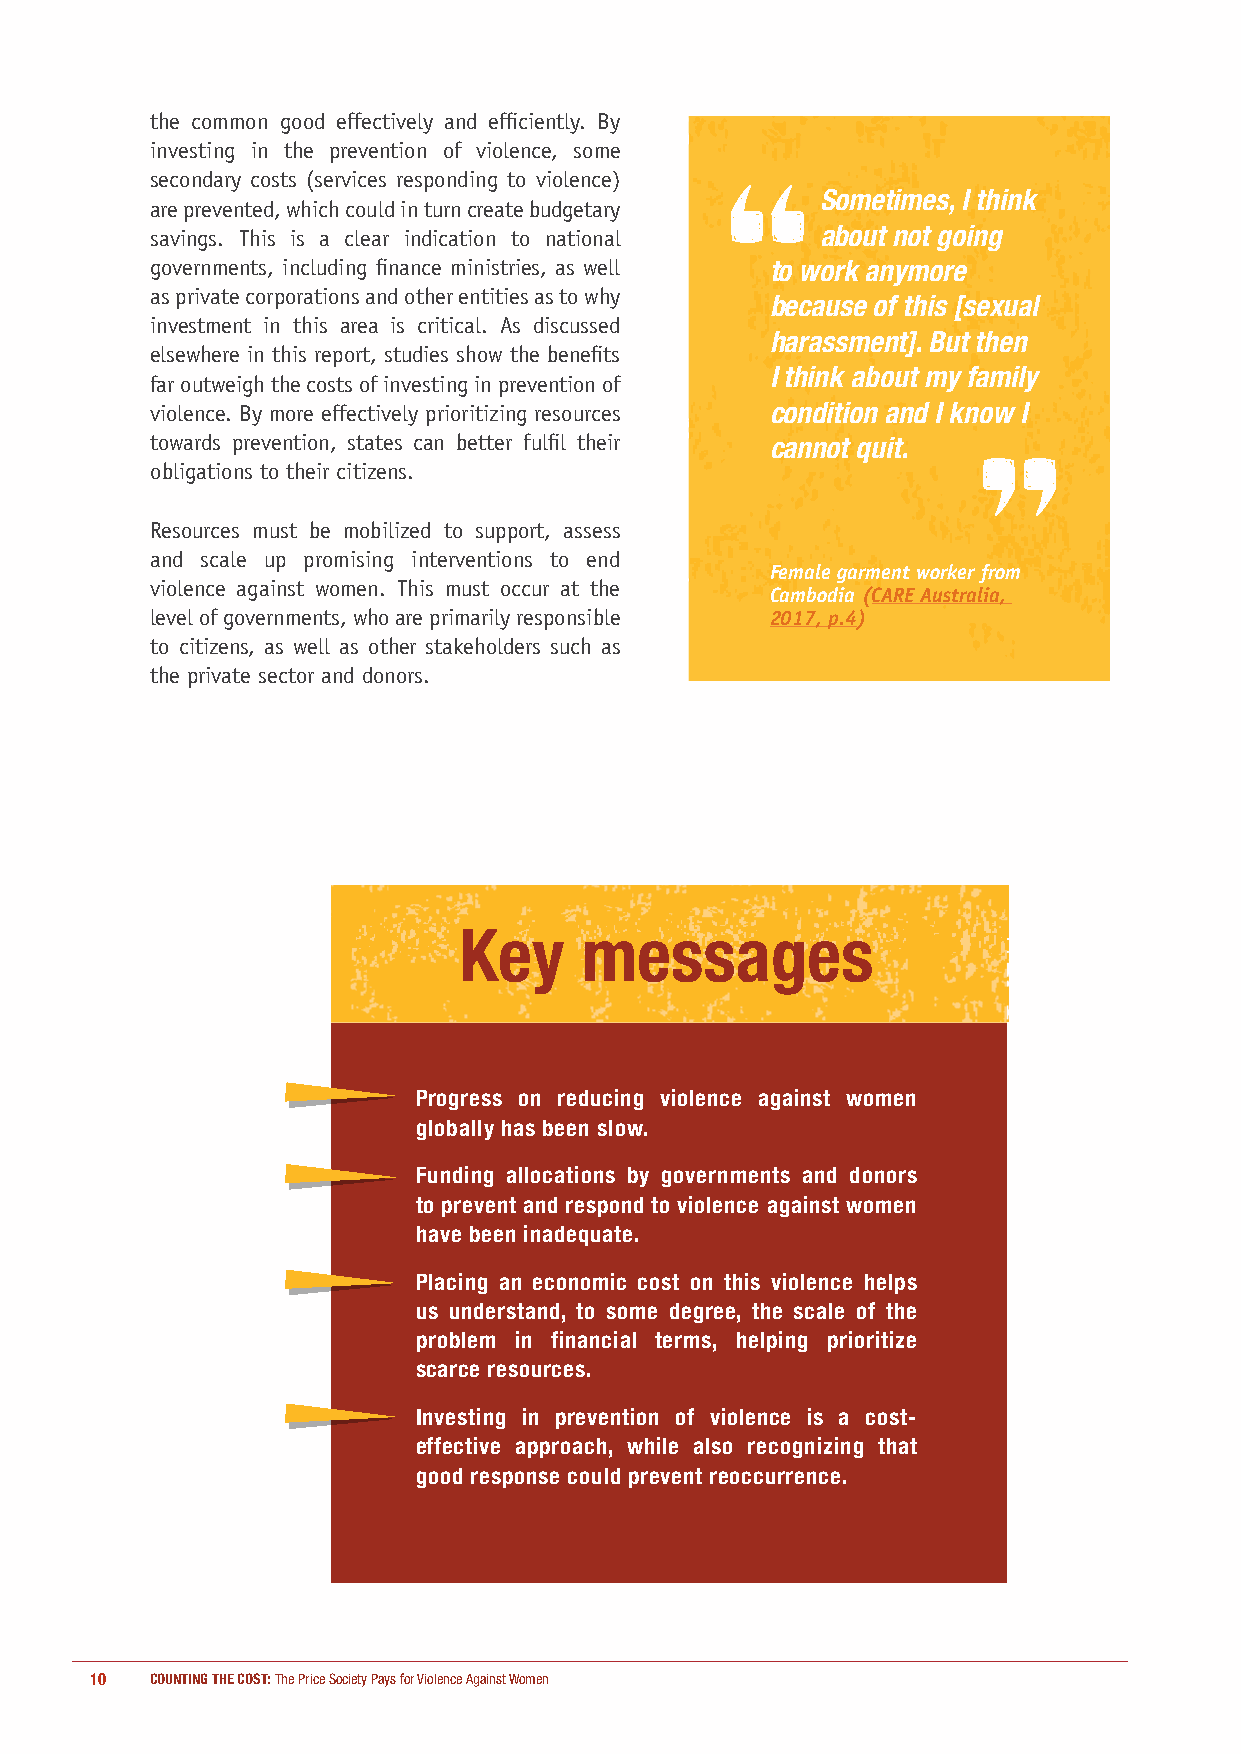
the common good effectively and efficiently. By
 investing in the prevention of violence, some
 secondary costs (services responding to violence)
 Sometimes, I think
 are prevented, which could in turn create budgetary
 savings. This is a clear indication to national about not going
 governments, including finance ministries, as well to work anymore
 as private corporations and other entities as to why
 because of this [sexual
 investment in this area is critical. As discussed
 harassment]. But then
 elsewhere in this report, studies show the benefits
 I think about my family
 far outweigh the costs of investing in prevention of
 violence. By more effectively prioritizing resources condition and I know I
 towards prevention, states can better fulfil their cannot quit.
 obligations to their citizens.
 Resources must be mobilized to support, assess
 and scale up promising interventions to end
 Female garment worker from
 violence against women. This must occur at the
 Cambodia (CARE Australia,
 level of governments, who are primarily responsible 2017, p.4)
 to citizens, as well as other stakeholders such as
 the private sector and donors.
 Key     messages
 Progress on reducing violence against women
 globally has been slow.
 Funding allocations by governments and donors
 to prevent and respond to violence against women
 have been inadequate.
 Placing an economic cost on this violence helps
 us understand, to some degree, the scale of the
 problem in financial terms, helping prioritize
 scarce resources.
 Investing in prevention of violence is a cost-
 effective approach, while also recognizing that
 good response could prevent reoccurrence.
 10  COUNTING THE COST: The Price Society Pays for Violence Against Women